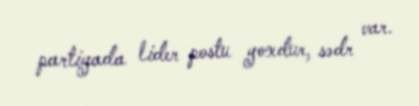
partiyada lider postu yoxdur, sədr var.